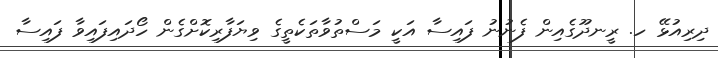
ދިރިއުޅޭ ހ. ރީނދޫގެއިން ފެނުނު ފައިސާ އަކީ މަސްތުވާތަކެތީގެ ވިޔަފާރިކޮށްގެން ހޯދައިފައިވާ ފައިސާ